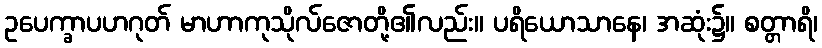
ဥပေက္ခာပဟဂုတ် မာဟာကုသိုလ်ဇောတို့၏လည်း။ ပရိယောသာနေ၊ အဆုံး၌။ စတ္တာရိ၊